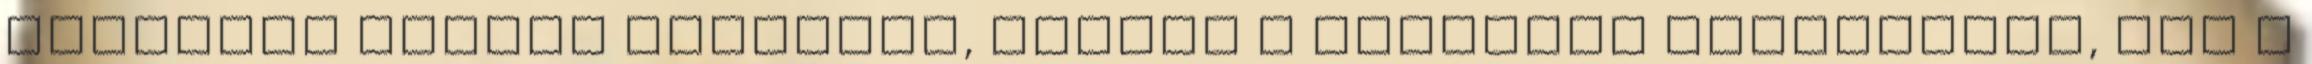
szeretek együtt dolgozni, akiket a céljaink motiválnak, nem a